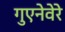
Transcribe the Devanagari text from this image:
गुएनेवेरे